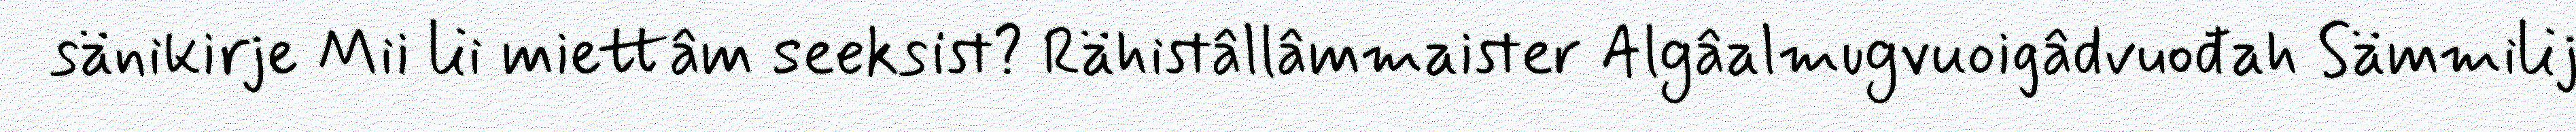
sänikirje Mii lii miettâm seeksist? Rähistâllâmmaister Algâalmugvuoigâdvuođah Sämmilij